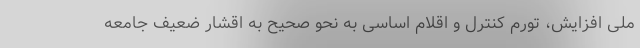
ملی افزایش، تورم کنترل و اقلام اساسی به نحو صحیح به اقشار ضعیف جامعه